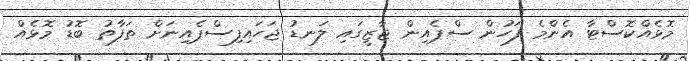
މޮޅެއްކޮސްޓާ އެންމެ ފަހުން ސްޕެއިން ޖާޒީގައި ލަނޑު ޖަހައިފިސްޕެއިނަށް ތަފާތު ބޮޑު މޮޅެއް